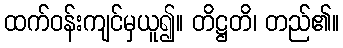
ထက်ဝန်းကျင်မှယူ၍။ တိဋ္ဌတိ၊ တည်၏။